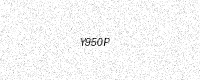
Text: Y950P